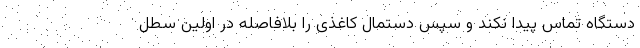
دستگاه تماس پیدا نکند و سپس دستمال کاغذی را بلافاصله در اولین سطل